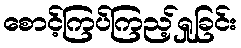
စောင့်ကြပ်ကြည့်ရှုခြင်း